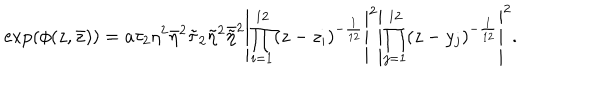
\exp ( \phi ( z , \bar { z } ) ) = a \tau _ { 2 } \eta ^ { 2 } \bar { \eta } ^ { 2 } \tilde { \tau } _ { 2 } \tilde { \eta } ^ { 2 } \bar { \tilde { \eta } } ^ { 2 } \left| \prod _ { i = 1 } ^ { 1 2 } ( z - z _ { i } ) ^ { - \frac { 1 } { 1 2 } } \right| ^ { 2 } \left| \prod _ { j = 1 } ^ { 1 2 } ( z - y _ { j } ) ^ { - \frac { 1 } { 1 2 } } \right| ^ { 2 } .